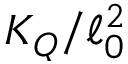
K _ { Q } / \ell _ { 0 } ^ { 2 }